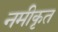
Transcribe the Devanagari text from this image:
नमीकृत